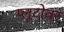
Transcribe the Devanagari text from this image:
प्लूटोवर